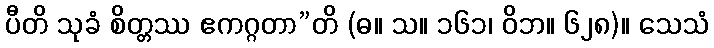
ပီတိ သုခံ စိတ္တဿ ဧကဂ္ဂတာ”တိ (ဓ။ သ။ ၁၆၁၊ ဝိဘ။ ၆၂၈)။ သေသံ